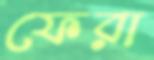
ফেরা